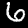
Digit: 6